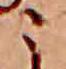
こ